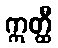
ဣတ္ထီ